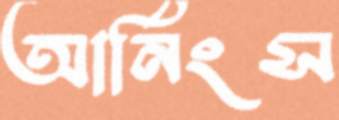
আর্নিংস